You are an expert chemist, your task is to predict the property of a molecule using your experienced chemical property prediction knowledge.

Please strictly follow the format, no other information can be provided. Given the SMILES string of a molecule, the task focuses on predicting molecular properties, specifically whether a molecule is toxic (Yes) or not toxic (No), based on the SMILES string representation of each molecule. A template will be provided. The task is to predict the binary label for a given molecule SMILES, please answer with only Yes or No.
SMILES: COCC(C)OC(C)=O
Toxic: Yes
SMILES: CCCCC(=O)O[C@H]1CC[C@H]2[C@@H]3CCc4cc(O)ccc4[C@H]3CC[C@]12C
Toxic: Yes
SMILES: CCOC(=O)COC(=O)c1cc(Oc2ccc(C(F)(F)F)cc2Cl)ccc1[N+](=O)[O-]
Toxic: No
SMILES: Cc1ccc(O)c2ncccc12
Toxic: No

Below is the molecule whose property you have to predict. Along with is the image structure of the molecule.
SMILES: CCCCC(O)c1ccccc1
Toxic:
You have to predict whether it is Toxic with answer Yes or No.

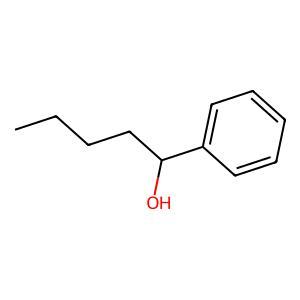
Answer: No